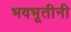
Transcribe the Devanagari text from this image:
भवभूतीनी